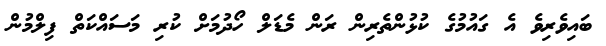
ބައިވެރިވެ އެ ގައުމުގެ ކުޅުންތެރިން ރަން މެޑަލް ހޯދުމަށް ކުރި މަސައްކަތް ފިލްމުން